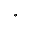
^ { \circ }